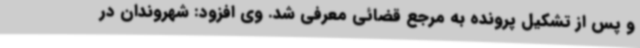
و پس از تشکیل پرونده به مرجع قضائی معرفی شد. وی افزود: شهروندان در